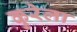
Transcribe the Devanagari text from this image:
कुरेला